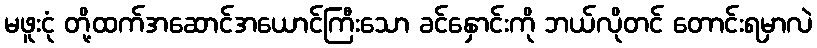
မဖူးငုံ တို့ထက်အဆောင်အယောင်ကြီးသော ခင်နှောင်းကို ဘယ်လိုတင် တောင်းရမှာလဲ